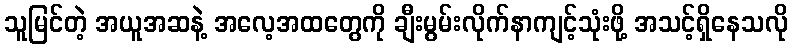
သူမြင်တဲ့ အယူအဆနဲ့ အလေ့အထတွေကို ချီးမွမ်းလိုက်နာကျင့်သုံးဖို့ အသင့်ရှိနေသလို